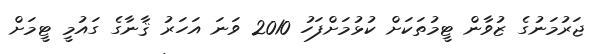
ޖަރުމަނުގެ ޒުވާން ޓީމުތަކަށް ކުޅުމަށްފަހު 2010 ވަނަ އަހަރު ޤާނާގެ ގައުމީ ޓީމަށް